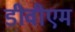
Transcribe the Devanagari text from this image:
डीवीएम